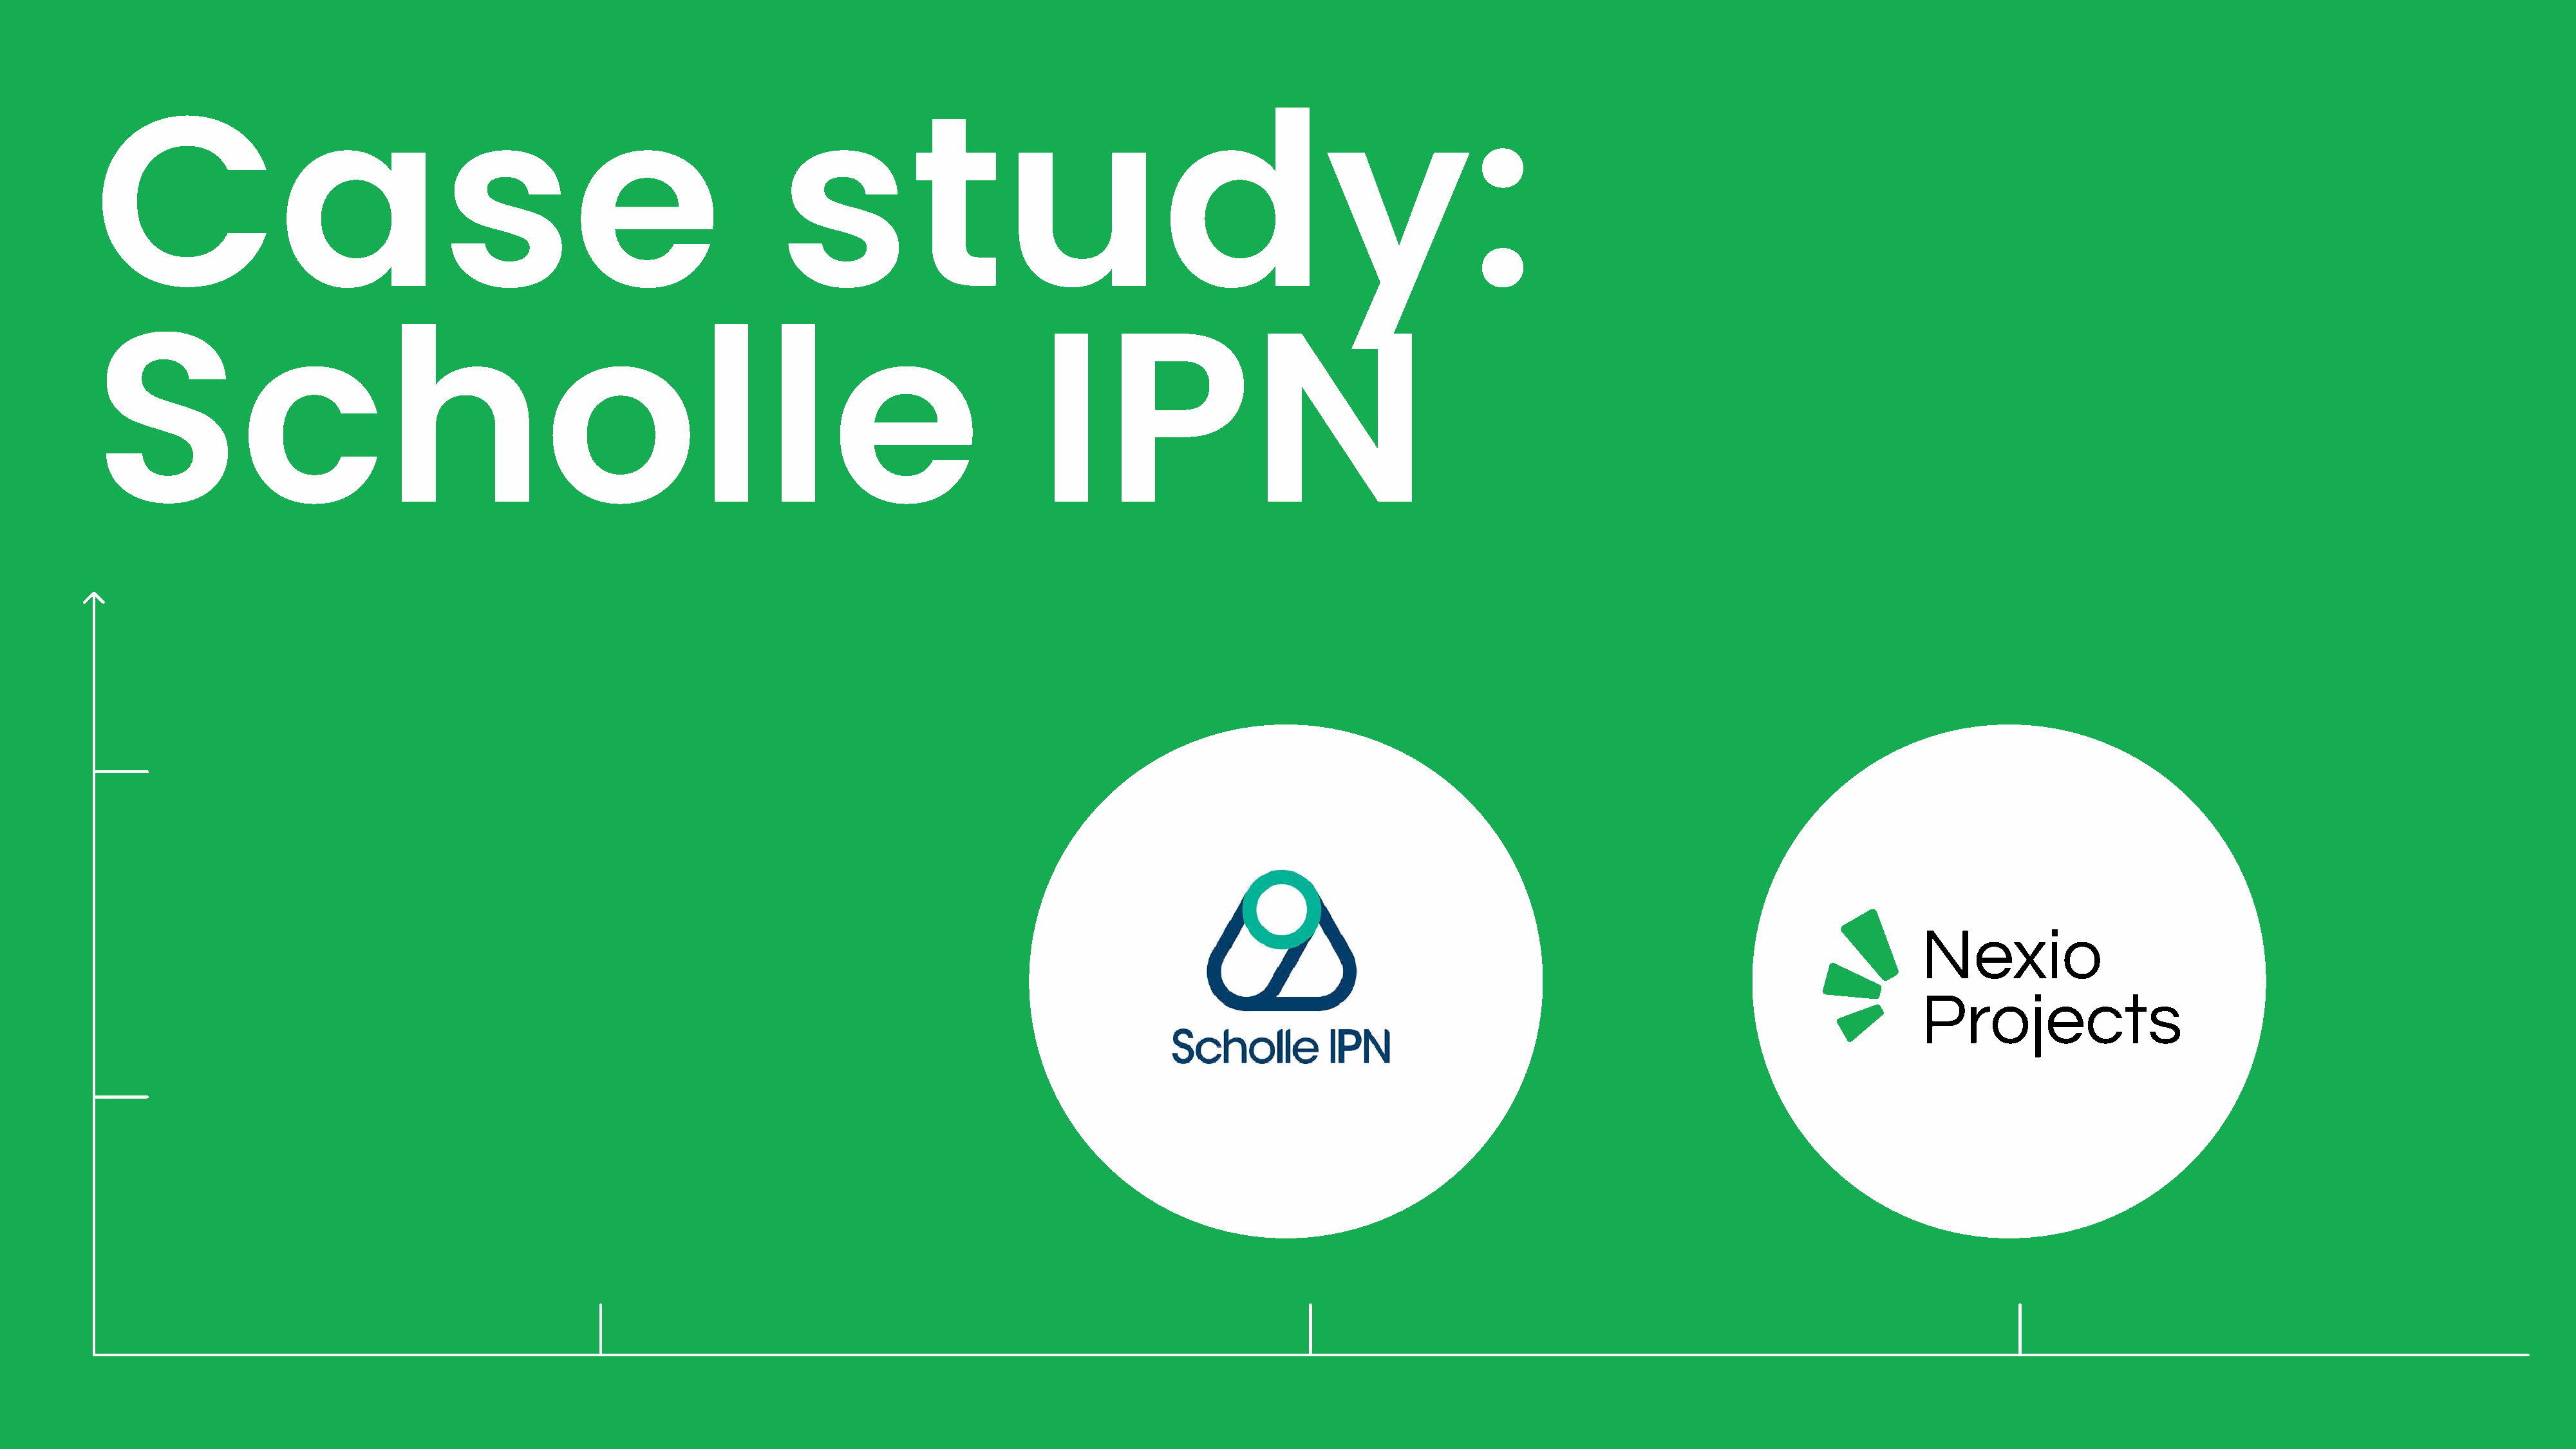
Case                                                                  study:
 Scholle                                                                                          IPN